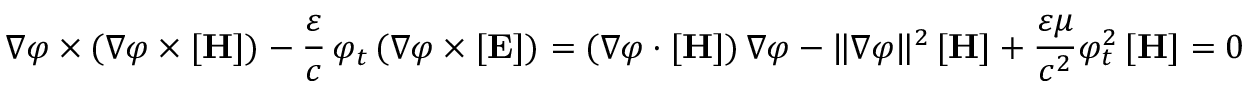
\nabla \varphi \times ( \nabla \varphi \times [ \mathbf { H } ] ) - { \frac { \varepsilon } { c } } \, \varphi _ { t } \, ( \nabla \varphi \times [ \mathbf { E } ] ) = ( \nabla \varphi \cdot [ \mathbf { H } ] ) \, \nabla \varphi - \| \nabla \varphi \| ^ { 2 } \, [ \mathbf { H } ] + { \frac { \varepsilon \mu } { c ^ { 2 } } } \varphi _ { t } ^ { 2 } \, [ \mathbf { H } ] = 0